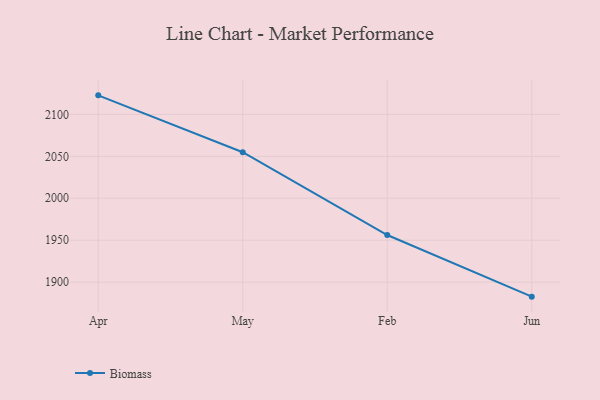
{"axis": {"x": "Month", "y": "Operating Costs (USD K)"}, "legend": ["Biomass"], "data": [{"x": "Apr", "y": 2122.7, "type": "Biomass"}, {"x": "May", "y": 2054.9, "type": "Biomass"}, {"x": "Feb", "y": 1956.2, "type": "Biomass"}, {"x": "Jun", "y": 1882.7, "type": "Biomass"}]}